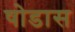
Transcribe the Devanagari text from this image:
षोडास